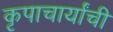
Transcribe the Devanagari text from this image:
कृपाचार्यांची